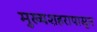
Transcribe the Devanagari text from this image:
मुख्यशहरापासून